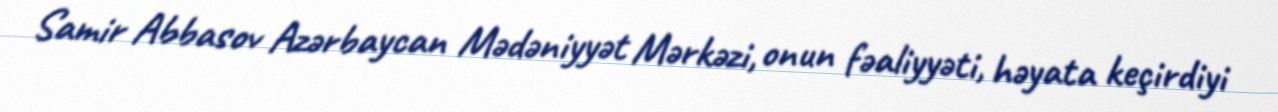
Samir Abbasov Azərbaycan Mədəniyyət Mərkəzi, onun fəaliyyəti, həyata keçirdiyi